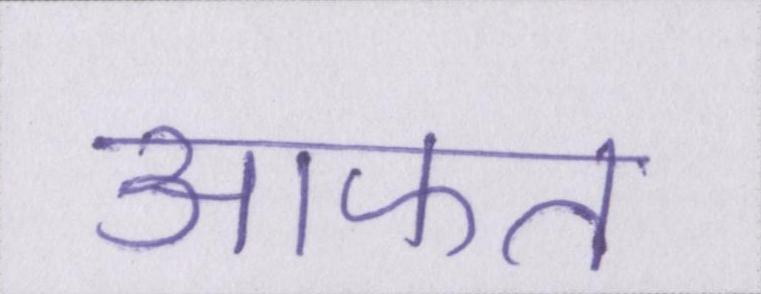
आफत